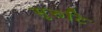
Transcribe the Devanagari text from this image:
सुरुटि